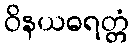
ဝိနယဓရတ္တံ